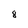
Character: 8